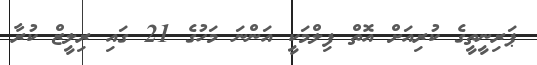
ޕަރިނީތީގެ ކުރިއަށް އޮތް ފިލްމަކީ އަންނަ މަހުގެ 21 ގައި ރިލީޒް ކުރާ